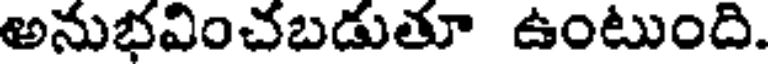
అనుభవించబడుతూ ఉంటుంది.